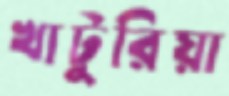
খাটুরিয়া